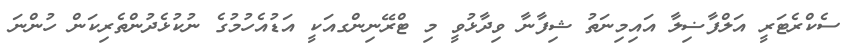
ސެކްރެޓަރީ އަލްފާޟިލާ އައިމިނަތު ޝިފާނާ ވިދާޅުވީ މި ޓްރޭނިންގއަކީ އަޑުއެހުމުގެ ނުކުޅެދުންތެރިކަން ހުންނަ